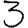
Digit: 3